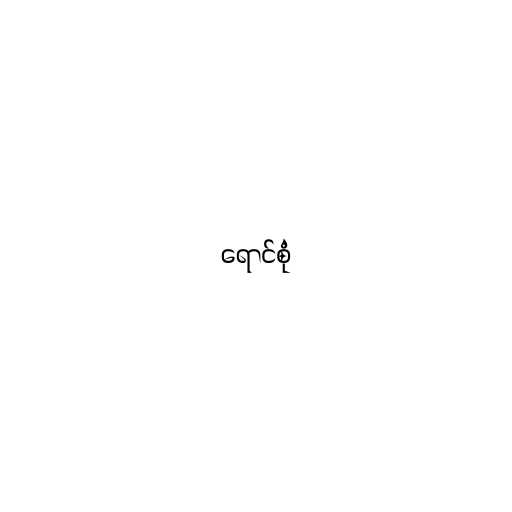
ရောင်စုံ